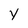
Character: Y